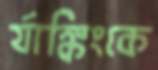
র‍্যাঙ্কিংকে